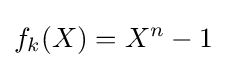
f_{k}(X)=X^{n}-1